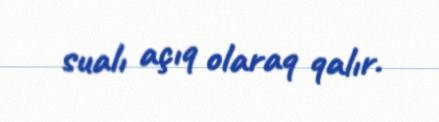
sualı açıq olaraq qalır.